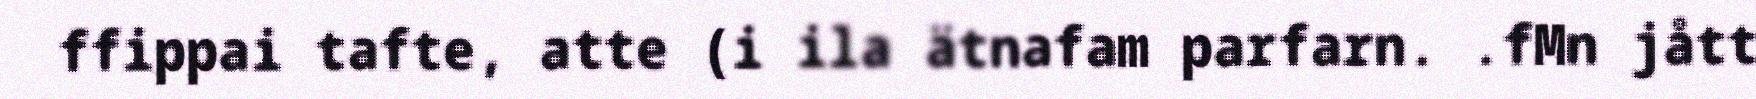
ffippai tafte, atte (i ila ätnafam parfarn. .fMn jått